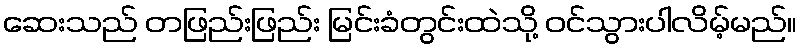
ဆေးသည် တဖြည်းဖြည်း မြင်းခံတွင်းထဲသို့ ဝင်သွားပါလိမ့်မည်။